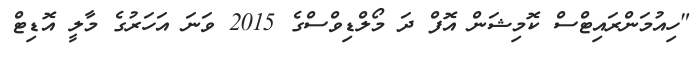
"ހިއުމަންރައިޓްސް ކޮމިޝަން އޮފް ދަ މޯލްޑިވްސްގެ 2015 ވަނަ އަހަރުގެ މާލީ އޮޑިޓް